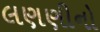
લણણીનો